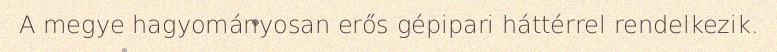
A megye hagyományosan erős gépipari háttérrel rendelkezik.